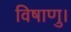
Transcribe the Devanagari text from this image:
विषाणु।